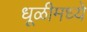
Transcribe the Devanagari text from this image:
धूळीमध्ये